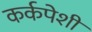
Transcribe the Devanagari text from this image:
कर्कपेशी